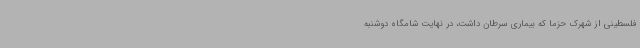
فلسطینی از شهرک حزما که بیماری سرطان داشت، در نهایت شامگاه دوشنبه